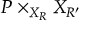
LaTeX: P \times _ { X _ { R } } X _ { R ^ { \prime } }